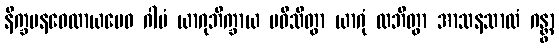
နိက္ခမနဝေလာယမေဝ ဂါမံ ယာဂုဘိက္ခာယ ပဝိသိတွာ ယာဂုံ လဘိတွာ အာသနသာလံ ဂန္တွာ